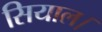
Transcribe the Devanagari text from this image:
सियाल।